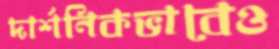
দার্শনিকভাবেও